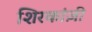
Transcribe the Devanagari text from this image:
शिरकांज़ी